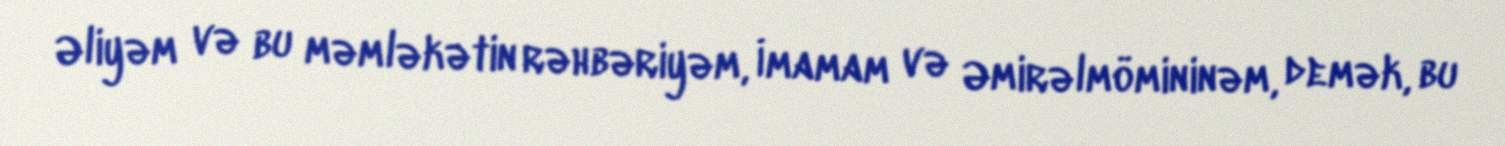
Əliyəm və bu məmləkətin rəhbəriyəm, İmamam və Əmirəlmömininəm, demək, bu